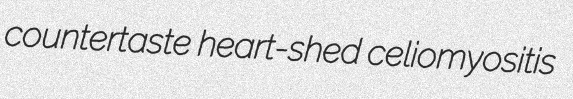
countertaste heart-shed celiomyositis